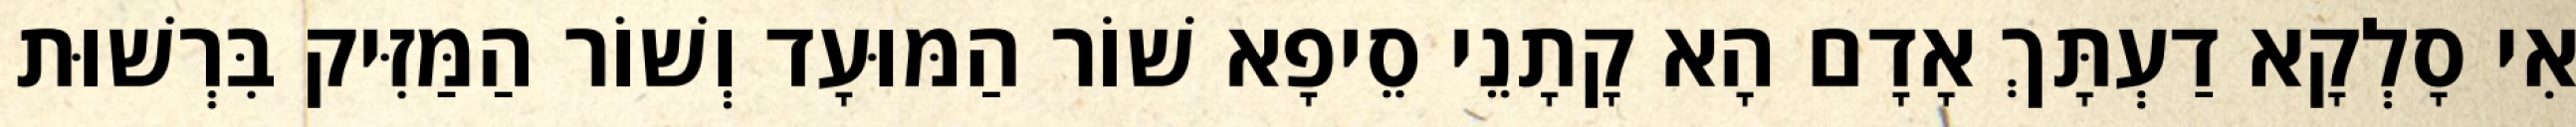
אִי סָלְקָא דַעְתָּךְ אָדָם הָא קָתָנֵי סֵיפָא שׁוֹר הַמּוּעָד וְשׁוֹר הַמַּזִּיק בִּרְשׁוּת